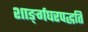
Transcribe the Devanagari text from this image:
शाङ्‌र्गघरपद्धति